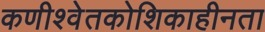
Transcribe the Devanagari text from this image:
कणीश्वेतकोशिकाहीनता